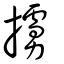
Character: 擄